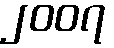
၂၀၀၇